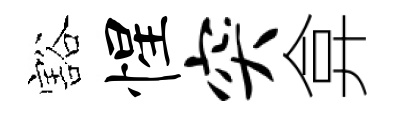
豁惺突弇